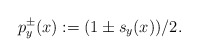
\begin{align*}p_y^\pm(x):=(1\pm s_y(x))/2.\end{align*}